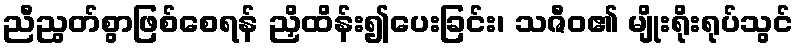
ညီညွတ်စွာဖြစ်စေရန် ညှိထိန်း၍ပေးခြင်း၊ သဇီဝ၏ မျိုးရိုးရုပ်သွင်